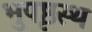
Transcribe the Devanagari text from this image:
भुपृष्ठस्थ